Vaccination report Assam 1896-1927 - 1896-1927
Year: 1896
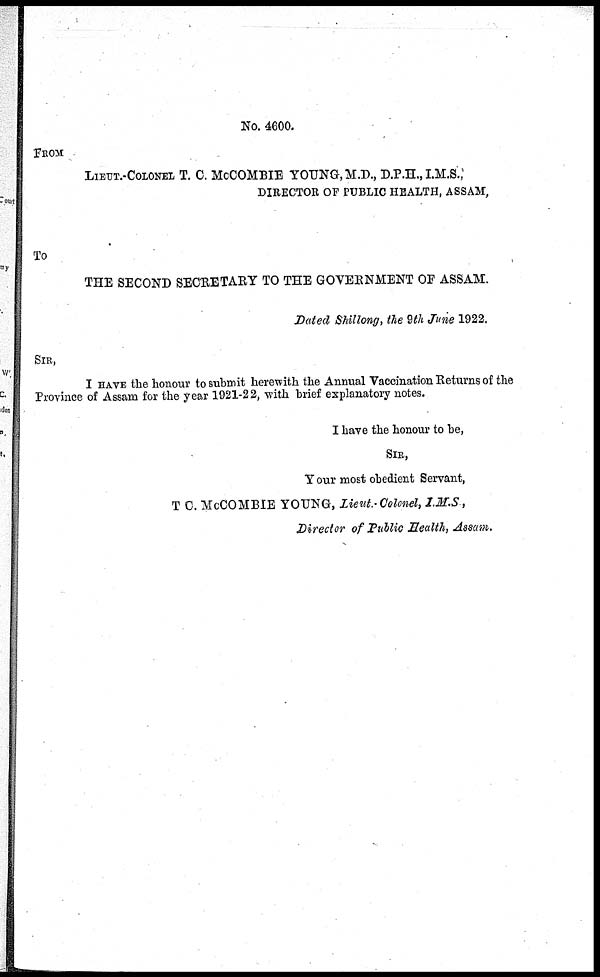
No. 4600.
FROM
LIEUT.-COLONEL T. C. McCOMBIE YOUNG, M.D., D.P.H., I.M.S.,
DIRECTOR OF PUBLIC HEALTH, ASSAM,
To
THE SECOND SECRETARY TO THE GOVERNMENT OF ASSAM.
Dated Shillong, the 9th June 1922.
SIR,
I HAVE the honour to submit herewith the Annual Vaccination Returns of the
Province of Assam for the year 1921-22, with brief explanatory notes.
I have the honour to be,
SIR,
Your most obedient Servant,
T C. McCOMBIE YOUNG, Lieut.-Colonel, I.M.S.,
Director of Public Health, Assam.